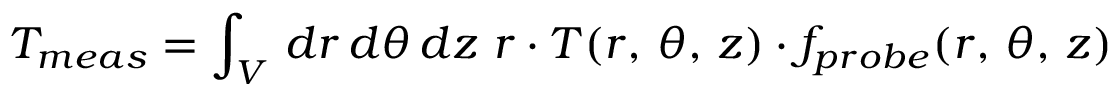
T _ { m e a s } = \int _ { V } \, d r \, d \theta \, d z \, \, r \cdot T ( r , \, \theta , \, z ) \cdot f _ { p r o b e } ( r , \, \theta , \, z )